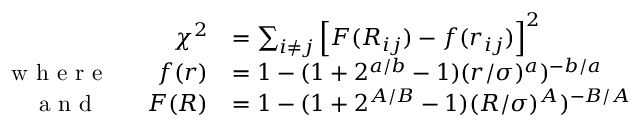
\begin{array} { r l } { \chi ^ { 2 } } & { = \sum _ { i \ne j } \left[ F ( R _ { i j } ) - f ( r _ { i j } ) \right] ^ { 2 } } \\ { \textrm { w h e r e } \qquad f ( r ) } & { = 1 - ( 1 + 2 ^ { a / b } - 1 ) ( r / \sigma ) ^ { a } ) ^ { - b / a } } \\ { \textrm { a n d } \qquad F ( R ) } & { = 1 - ( 1 + 2 ^ { A / B } - 1 ) ( R / \sigma ) ^ { A } ) ^ { - B / A } } \end{array}